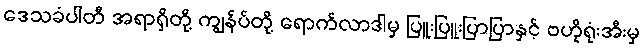
ဒေသခံပါတီ အရာရှိတို့ ကျွန်ပ်တို့ ရောက်လာဒါမှ ပြူးပြူးပြာပြာနှင့် ဗဟိုရုံးအီးမှ